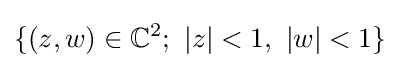
\{(z,w)\in \mathbb {C} ^{2};~|z|<1,~|w|<1\}